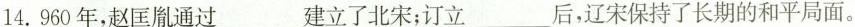
14.960年，赵匡胤通过___建立了北宋；订立___后，辽宋保持了长期的和平局面。